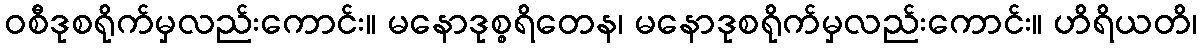
ဝစီဒုစရိုက်မှလည်းကောင်း။ မနောဒုစ္စရိတေန၊ မနောဒုစရိုက်မှလည်းကောင်း။ ဟိရိယတိ၊